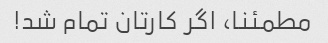
مطمئنا، اگر کارتان تمام شد!